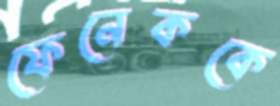
ফেনেককে